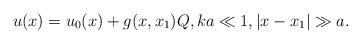
LaTeX: \begin{align*} u(x)=u_0(x)+g(x,x_1)Q, ka\ll 1, |x-x_1|\gg a.\end{align*}